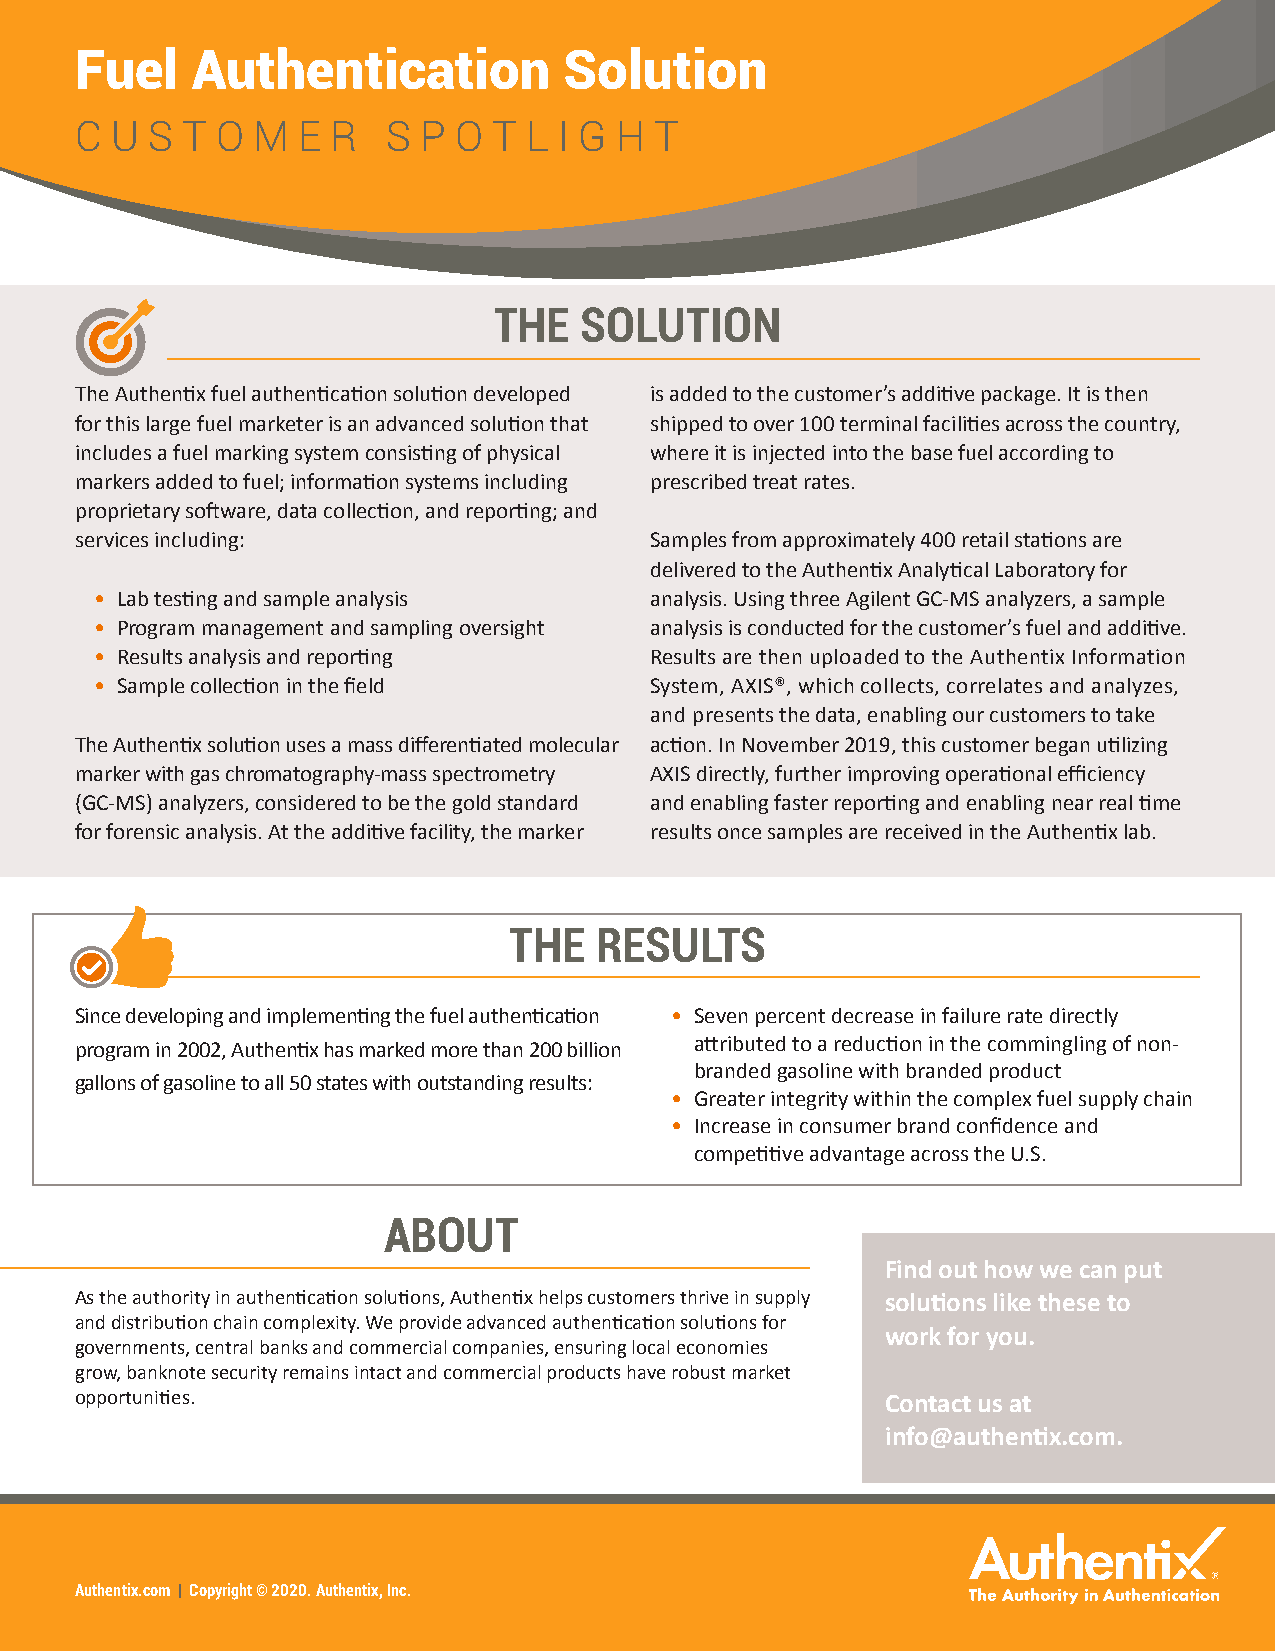
Fuel    Authentication          Solution
 C U  S T O  M  E R   S P O  T L I G H T
 THE  SOLUTION
 The Authentix fuel authentication solution developed is added to the customer’s additive package. It is then
 for this large fuel marketer is an advanced solution that shipped to over 100 terminal facilities across the country,
 includes a fuel marking system consisting of physical where it is injected into the base fuel according to
 markers added to fuel; information systems including prescribed treat rates.
 proprietary software, data collection, and reporting; and
 services including:                   Samples from approximately 400 retail stations are
 delivered to the Authentix Analytical Laboratory for
 • Lab testing and sample analysis    analysis. Using three Agilent GC-MS analyzers, a sample
 • Program management and sampling oversight analysis is conducted for the customer’s fuel and additive.
 • Results analysis and reporting     Results are then uploaded to the Authentix Information
 • Sample collection in the field     System, AXIS®, which collects, correlates and analyzes,
 and presents the data, enabling our customers to take
 The Authentix solution uses a mass differentiated molecular action. In November 2019, this customer began utilizing
 marker with gas chromatography-mass spectrometry AXIS directly, further improving operational efficiency
 (GC-MS) analyzers, considered to be the gold standard and enabling faster reporting and enabling near real time
 for forensic analysis. At the additive facility, the marker results once samples are received in the Authentix lab.
 THE  RESULTS
 Since developing and implementing the fuel authentication • Seven percent decrease in failure rate directly
 program in 2002, Authentix has marked more than 200 billion attributed to a reduction in the commingling of non-
 branded gasoline with branded product
 gallons of gasoline to all 50 states with outstanding results:
 • Greater integrity within the complex fuel supply chain
 • Increase in consumer brand confidence and
 competitive advantage across the U.S.
 ABOUT
 Find out how we can put
 As the authority in authentication solutions, Authentix helps customers thrive in supply solutions like these to
 and distribution chain complexity. We provide advanced authentication solutions for
 work for you.
 governments, central banks and commercial companies, ensuring local economies
 grow, banknote security remains intact and commercial products have robust market
 opportunities.                                        Contact us at
 info@authentix.com.
 Authentix.com | Copyright © 2020. Authentix, Inc.